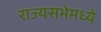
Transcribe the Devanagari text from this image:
राज्यसभेमध्ये